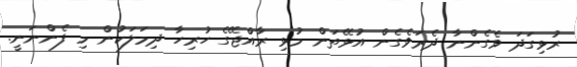
ރުޅިގަދަ ވެގެންނާ ދެރަވެގެން އުޅޭތަން މުޅި ރާއްޖޭގެ ހުރިހާ ދިމަލަކުން މި ފެންނަނީ.